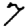
Digit: 7